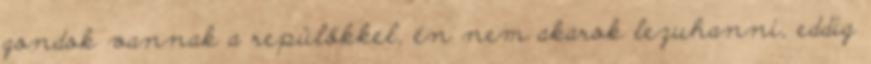
gondok vannak a repülőkkel, én nem akarok lezuhanni, eddig